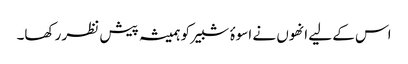
اس کے لیے انھوں نے اسوۂ شبیر کو ہمیشہ پیش نظر رکھا۔